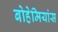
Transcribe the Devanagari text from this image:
बोहेमियांस